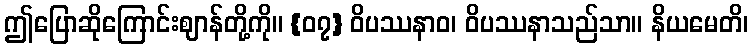
ဤပြောဆိုကြောင်းဈာန်တို့ကို။ {၀၇} ဝိပဿနာဝ၊ ဝိပဿနာသည်သာ။ နိယမေတိ၊